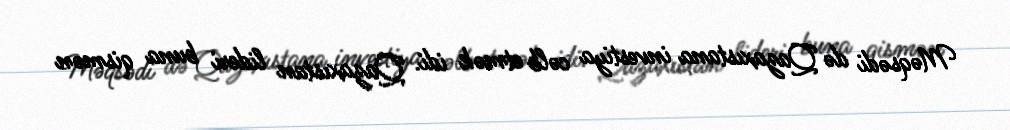
Məqsədi də Qazaxıstana investiya cəlb etmək idi. Qazaxıstan lideri buna qismən